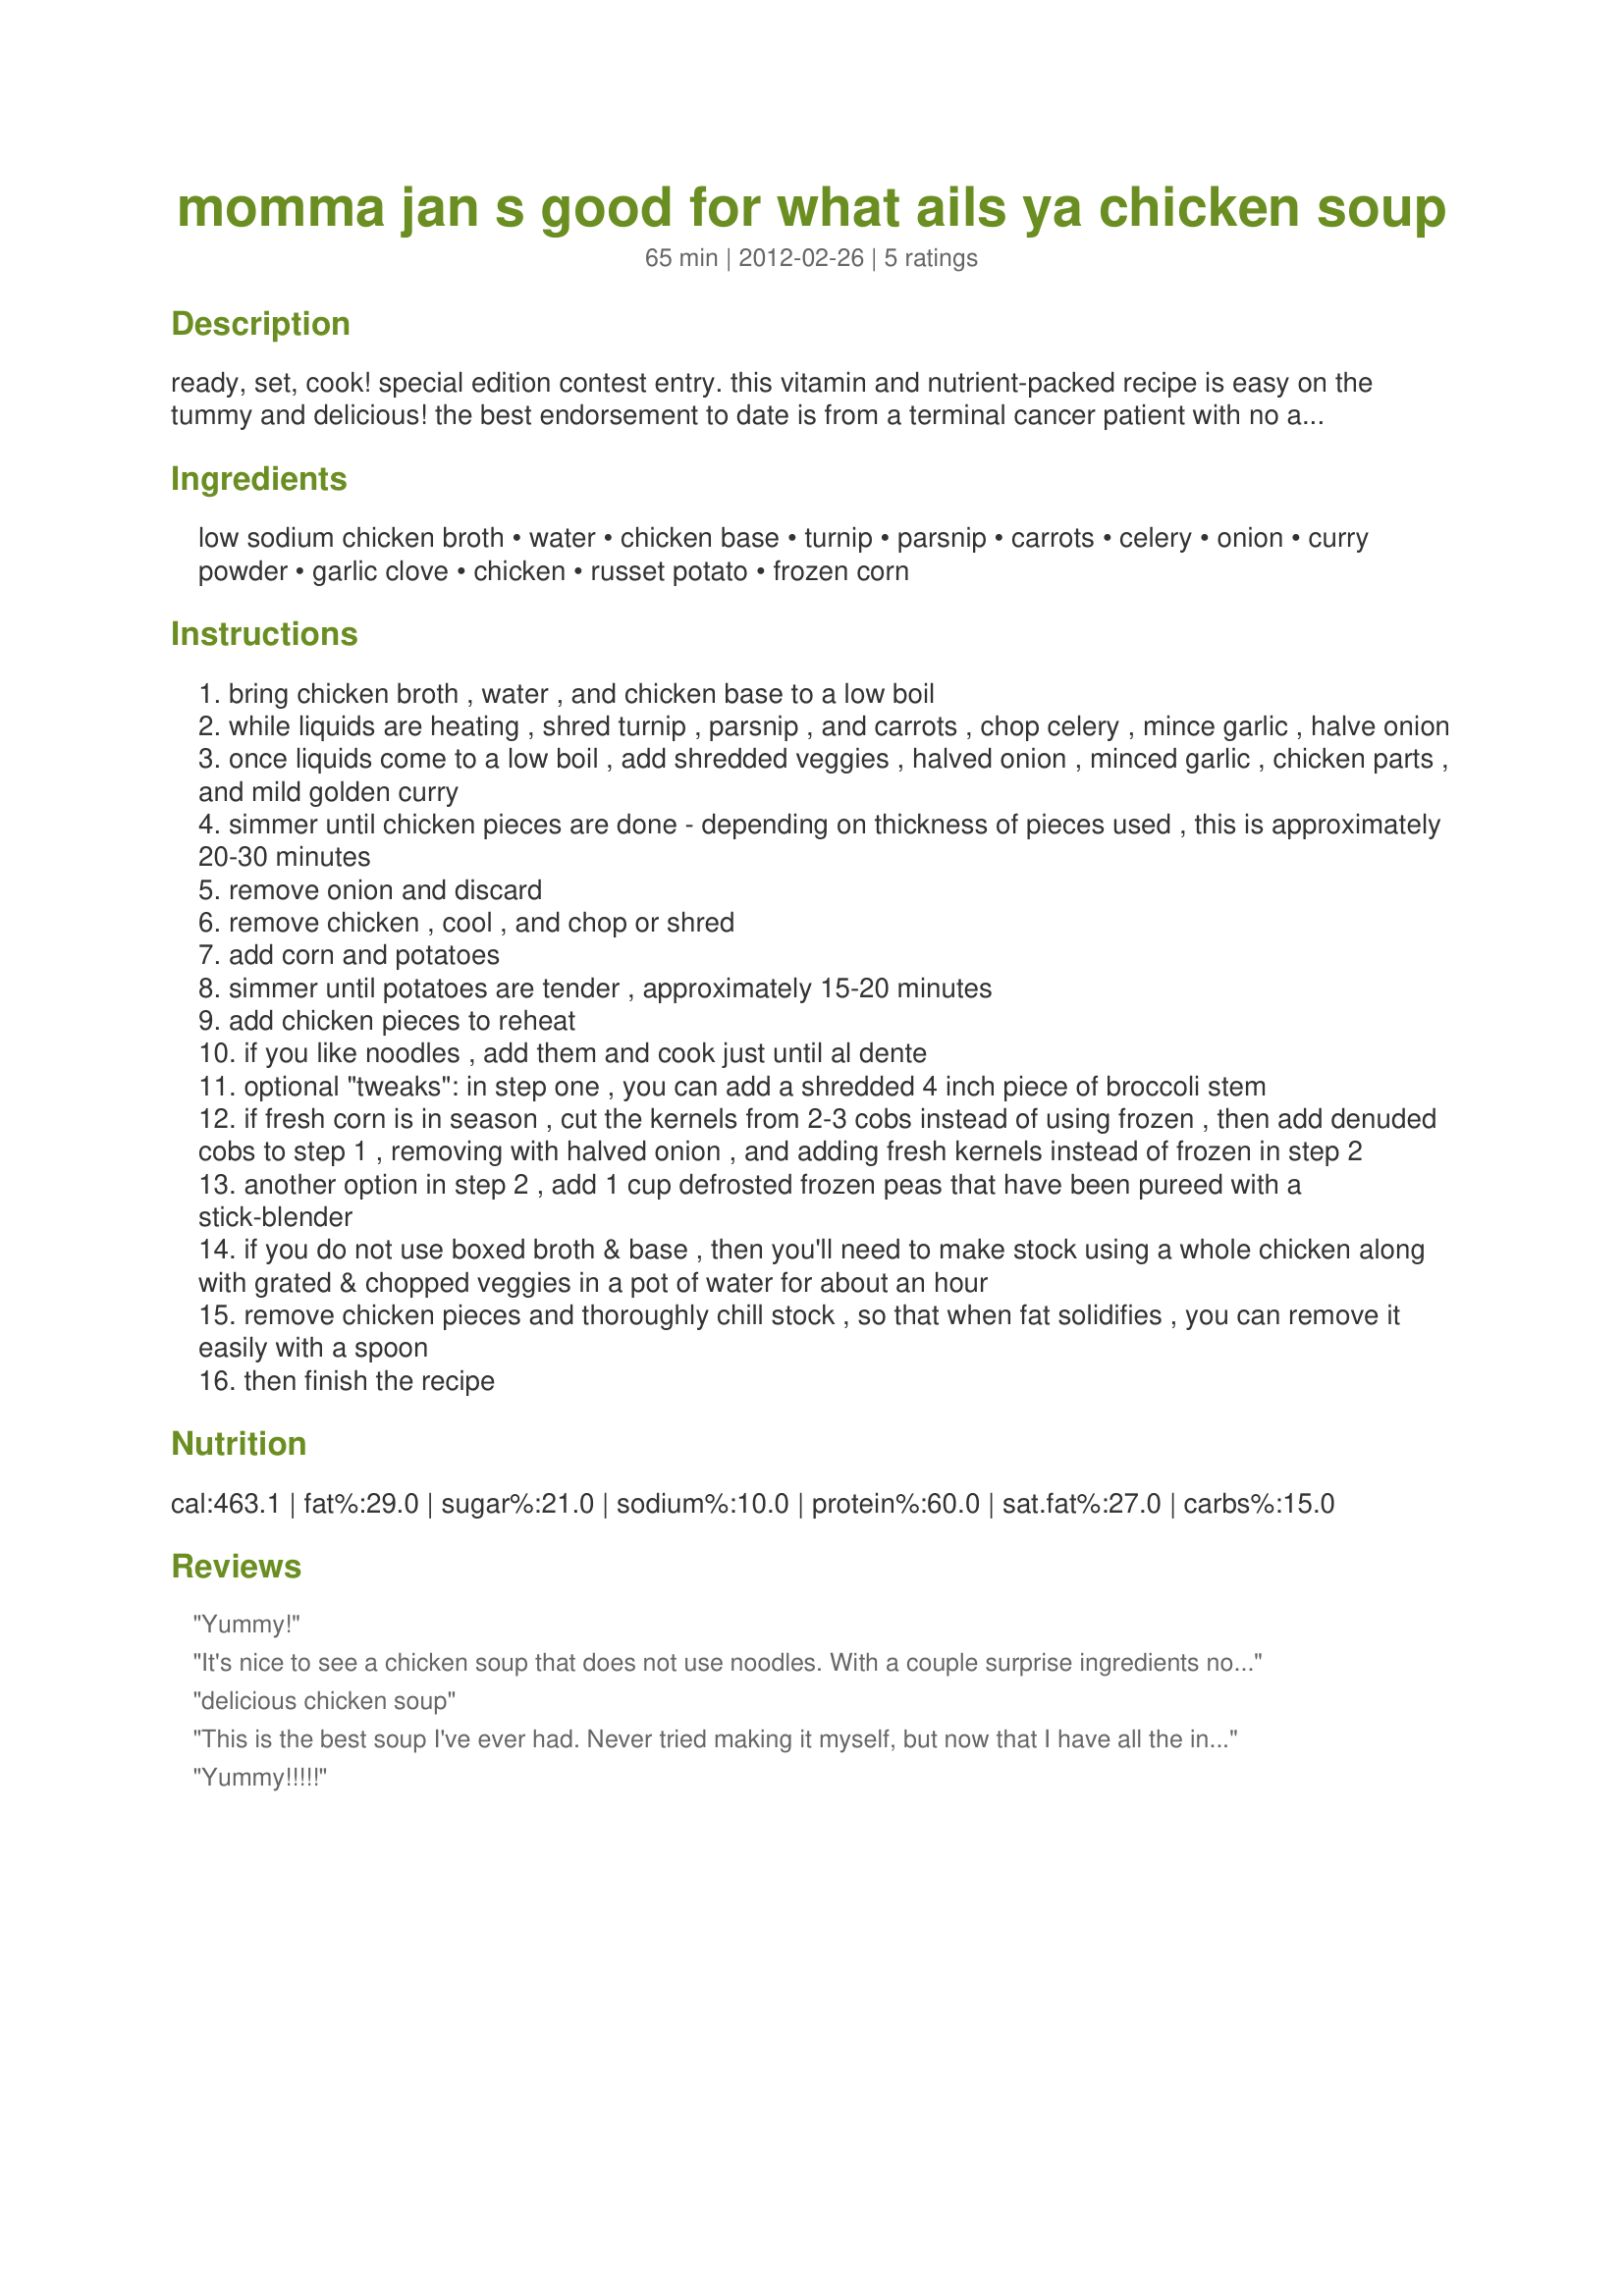
momma jan s good for what ails ya chicken soup
Preparation time: 65 minutes

ready, set, cook! special edition contest entry. this vitamin and nutrient-packed recipe is easy on the tummy and delicious! the best endorsement to date is from a terminal cancer patient with no appetite who devoured bowls of this soup just weeks before her passing, declaring it "the best chicken soup i've ever had"! it can be streamlined by using rotisserie chicken from the grocery store, preminced garlic, and preshredded carrots. it is also extremely kid-friendly as most of the veggies are "hidden" and cooked down into the broth. after eating two bowls of this at her great-grandmother's house, my 5 year old granddaughter loudly insisted her mom get the recipe from me. made this grandma proud!

Ingredients:
low sodium chicken broth, water, chicken base, turnip, parsnip, carrots, celery, onion, curry powder, garlic clove, chicken, russet potato, frozen corn

Steps:
bring chicken broth , water , and chicken base to a low boil
while liquids are heating , shred turnip , parsnip , and carrots , chop celery , mince garlic , halve onion
once liquids come to a low boil , add shredded veggies , halved onion , minced garlic , chicken parts , and mild golden curry
simmer until chicken pieces are done - depending on thickness of pieces used , this is approximately 20-30 minutes
remove onion and discard
remove chicken , cool , and chop or shred
add corn and potatoes
simmer until potatoes are tender , approximately 15-20 minutes
add chicken pieces to reheat
if you like noodles , add them and cook just until al dente
optional "tweaks": in step one , you can add a shredded 4 inch piece of broccoli stem
if fresh corn is in season , cut the kernels from 2-3 cobs instead of using frozen , then add denuded cobs to step 1 , removing with halved onion , and adding fresh kernels instead of frozen in step 2
another option in step 2 , add 1 cup defrosted frozen peas that have been pureed with a stick-blender
if you do not use boxed broth & base , then you'll need to make stock using a whole chicken along with grated & chopped veggies in a pot of water for about an hour
remove chicken pieces and thoroughly chill stock , so that when fat solidifies , you can remove it easily with a spoon
then finish the recipe

Reviews:
Yummy!
It's nice to see a chicken soup that does not use noodles. With a couple surprise ingredients not normally found in chicken soup it created a wonderful blend for the pallet to enjoy. I give it two tongues up..
delicious chicken soup
This is the best soup I've ever had. Never tried making it myself, but now that I have all the ingredients, we'll give it a shot !
Yummy!!!!!
